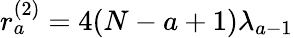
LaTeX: r_{a}^{(2)}=4(N-a+1)\lambda_{a-1}